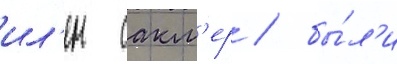
ил'ен сакл'ер / бы́л'и